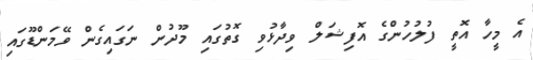
އެ މީހާ އޮތީ ފުލުހުންގެ އޮފިޝަލް ވިދާޅުވި ގޮތުގައި މޫދުން ނަގައިގެން ވޭމަންޑޫގައި